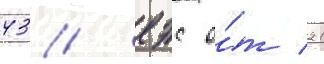
43/ еэс о́т 21